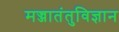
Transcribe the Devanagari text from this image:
मज्जातंतुविज्ञान